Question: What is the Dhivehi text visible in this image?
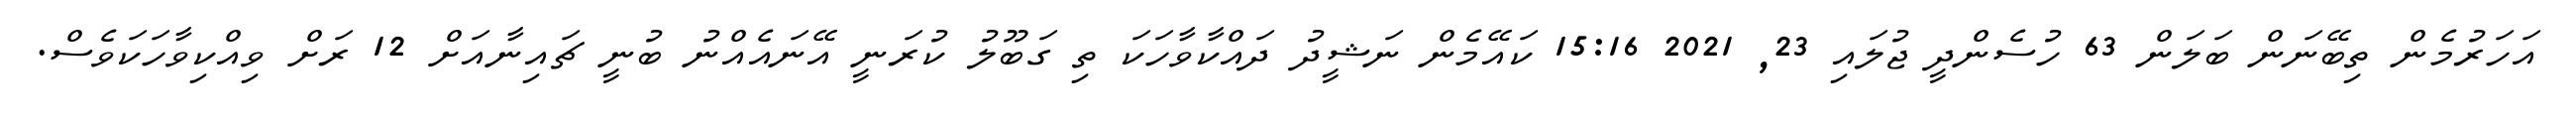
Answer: އަހަރުމެން ތިބޭނަން ބަލަން 63 ހުސެންދީ ޖުލައި 23, 2021 15:16 ކައޭމެން ނަޝީދު ދައްކާވާހަކަ ތި ގަބޫލު ކުރަނީ އޭނައެއްނު ބުނީ ޗައިނާއަށް 12 ރަށް ވިއްކިވާހަކަވެސް.